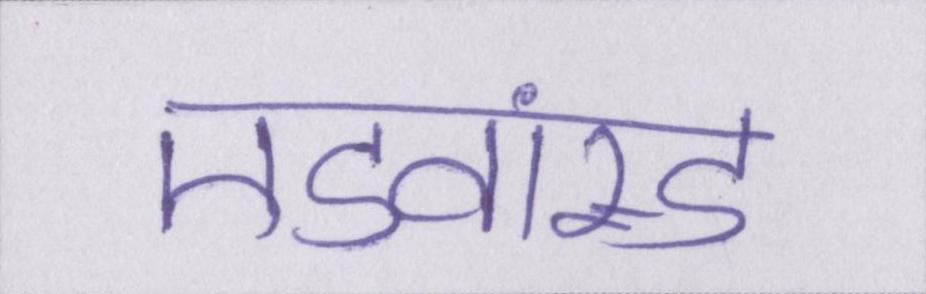
एडवांस्ड